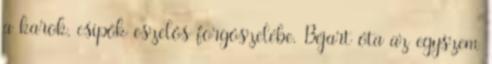
a karok, csípők eszelős forgószelébe. Béjart óta az egyszem